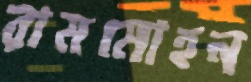
রামমোহন